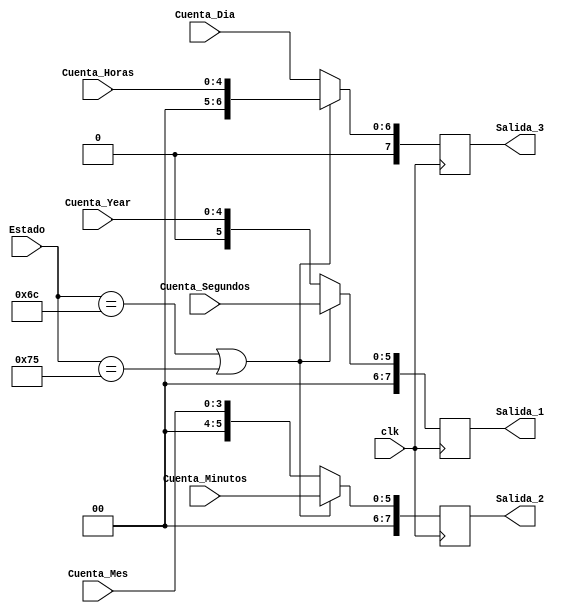
module MUX(
    input clk,
	 input [7:0] Estado,
	 input [5:0] Cuenta_Segundos, 
	 input [5:0] Cuenta_Minutos, 
	 input [4:0] Cuenta_Horas, 
	 input [4:0] Cuenta_Year, 
	 input [3:0] Cuenta_Mes, 
	 input [6:0] Cuenta_Dia, 
	 output reg [7:0] Salida_1,
	 output reg [7:0] Salida_2, 
	 output reg [7:0] Salida_3 
    );
	 
	 always @(posedge clk)
       if (Estado == 8'h6C || Estado == 8'h75)
		 begin
          Salida_1 <= Cuenta_Segundos;
			 Salida_2 <= Cuenta_Minutos;
			 Salida_3 <= Cuenta_Horas;
		 end
       else 
		 begin
          Salida_1 <= Cuenta_Year;
			 Salida_2 <= Cuenta_Mes;
			 Salida_3 <= Cuenta_Dia;
		 end 
		 
endmodule